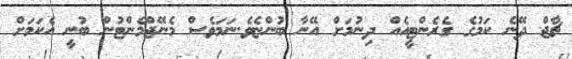
ޗާޖް ދޭނެ ކަމުގެ ގެރެންޓީއެއް ދިނުމަށް އޭނާ ބުންޏެވެ.ނަމަވެސް މެނޭޖްމެންޓުން ބުނީ އެކަމަށް